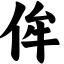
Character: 侔